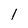
Character: l